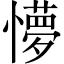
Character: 懜